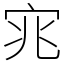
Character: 宨